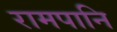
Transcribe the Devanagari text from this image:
रामपानि